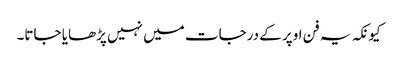
کیونکہ یہ فن اوپر کے درجات میں نہیں پڑھایا جاتا۔